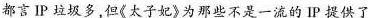
都言IP垃圾多但《太子妃》为那些不是一流的IP提供了